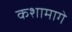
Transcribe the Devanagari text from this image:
कशामागे